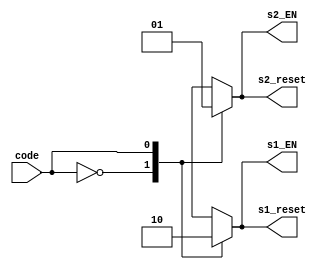
module sampletrigger(code, s1_EN, s1_reset, s2_EN, s2_reset);

	input [0:0] code;
	
	reg s1_EN_r, s1_reset_r, s2_EN_r, s2_reset_r;
	
	output s1_EN, s2_EN, s1_reset, s2_reset;
	
	always @(*)
	begin
		case (code)
			1'b0 :
				begin
					s1_EN_r <= 1;
					s1_reset_r <= 1;
					s2_EN_r <= 0;
					s2_reset_r <= 0;
				end
			1'b1 :
				begin
				   s1_EN_r <= 0;
					s1_reset_r <= 0;
					s2_EN_r <= 1;
					s2_reset_r <= 1;
				end
			default :
				begin
					s1_EN_r <= 0;
					s1_reset_r <= 0;
					s2_EN_r <= 0;
					s2_reset_r <= 0;
				end
		endcase
	end
	
	assign s1_EN = s1_EN_r;
	assign s2_EN = s2_EN_r;
	assign s1_reset = s1_reset_r;
	assign s2_reset = s2_reset_r;

endmodule